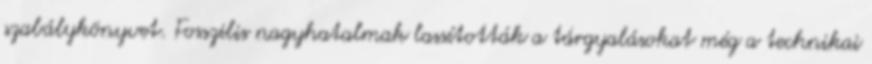
szabálykönyvet. Fosszilis nagyhatalmak lassították a tárgyalásokat még a technikai